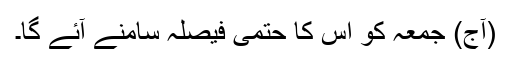
(آج) جمعہ کو اس کا حتمی فیصلہ سامنے آئے گا۔